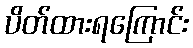
ပိတ်ထားရကြောင်း